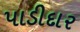
પાડીદાર